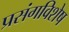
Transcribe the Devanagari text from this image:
प्रसंगविशेष